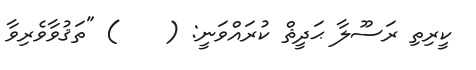
ކީރިތި ރަސޫލާ ޙަދީޘް ކުރައްވަނީ: (    ) "ތަޤުވާވެރިވާ